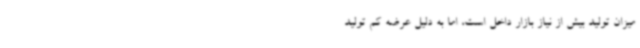
میزان تولید بیش از نیاز بازار داخل است، اما به دلیل عرضه کم تولید